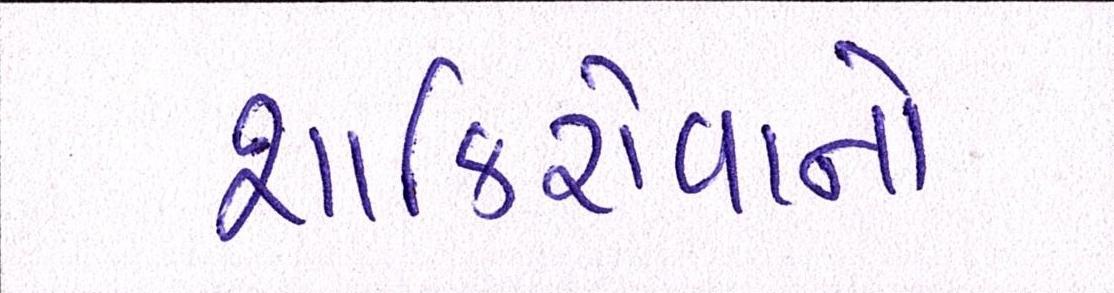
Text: શાકિરોવાનો